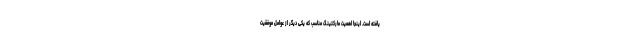
یافته است. اینجا اهمیت مارکتینگ مناسب که یکی دیگر از عوامل موفقیت